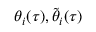
\theta _ { i } ( \tau ) , \tilde { \theta } _ { i } ( \tau )